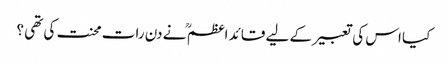
کیا اس کی تعبیر کے لیے قائد اعظم ؒ نے دن رات محنت کی تھی ؟